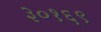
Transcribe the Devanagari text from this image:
३०१६९